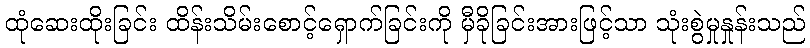
ထုံဆေးထိုးခြင်း ထိန်းသိမ်းစောင့်ရှောက်ခြင်းကို မှီခိုခြင်းအားဖြင့်သာ သုံးစွဲမှုနှုန်းသည်